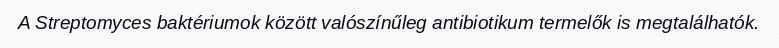
A Streptomyces baktériumok között valószínűleg antibiotikum termelők is megtalálhatók.